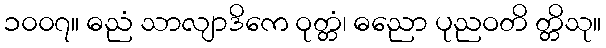
၁၀၀၇။ ဓညံ သာလျာဒိကေ ဝုတ္တံ၊ ဓညော ပုညဝတိ တ္တိသု။